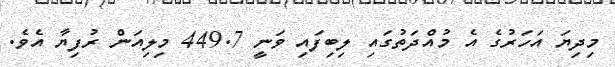
މިދިޔަ އަހަަރުގެ އެ މުއްދަތުގައި ލިބިފައި ވަނީ 449.7 މިލިއަން ރުފިޔާ އެވެ.